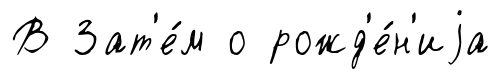
В Зат'е́м о рожд'е́н'иjа